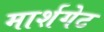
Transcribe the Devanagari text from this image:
मार्शगेट